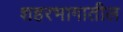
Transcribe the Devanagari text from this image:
शहरभागातील